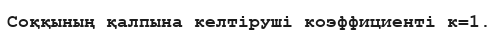
Соққының қалпына келтіруші коэффициенті к=1.